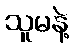
သူမနဲ့